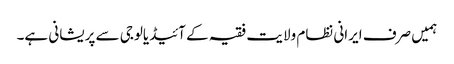
ہمیں صرف ایرانی نظام ولایت فقیہ کے آئیڈیالوجی سے پریشانی ہے۔